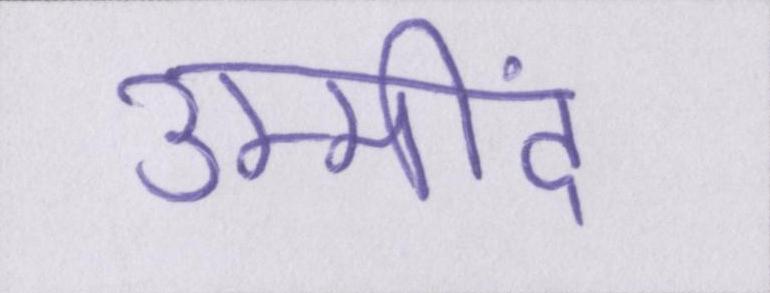
उम्मींद